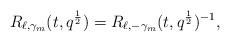
LaTeX: \begin{align*}R_{\ell,\gamma_m}(t,q^{\frac{1}{2}}) = R_{\ell,-\gamma_m}(t,q^{\frac{1}{2}})^{-1}, \end{align*}